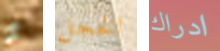
أو الخجل ادراك